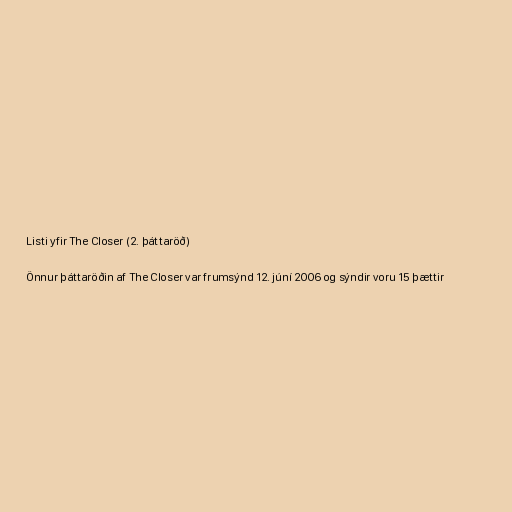
Listi yfir The Closer (2. þáttaröð)

Önnur þáttaröðin af The Closer var frumsýnd 12. júní 2006 og sýndir voru 15 þættir